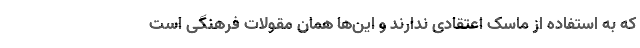
که به استفاده از ماسک اعتقادی ندارند و این‌ها همان مقولات فرهنگی است